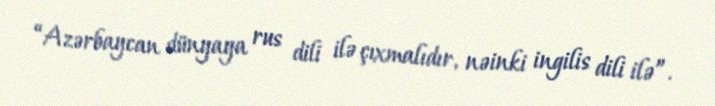
“Azərbaycan dünyaya rus dili ilə çıxmalıdır, nəinki ingilis dili ilə”.